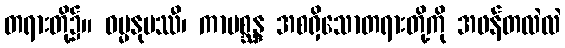
တရားတို့၌။ ဓမ္မနုပဿီ၊ ကာမစ္ဆန္ဒ အစရှိသောတရားတို့ကို အဖန်တလဲလဲ